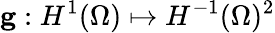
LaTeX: \mathbf{g}:H^{1}(\Omega)\mapsto H^{-1}(\Omega)^{2}